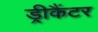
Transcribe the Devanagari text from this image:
ड्रीकैंटर